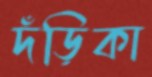
দঁড়িকা